Insane asylums Bombay 1873-77 - 1873-1877
Year: 1873
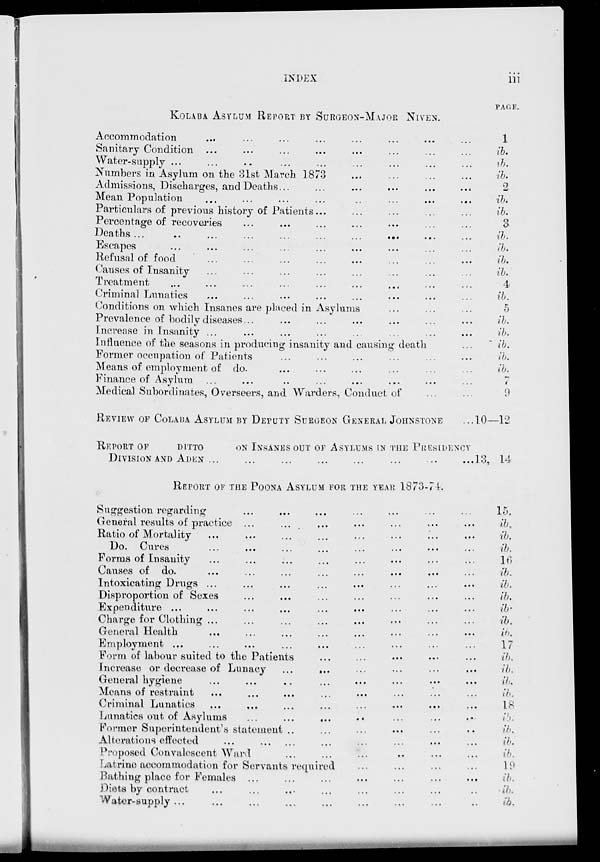
INDEX
iii
KOLABA ASYLUM REPORT BY SURGEON-MAJOR NIVEN.
Accommodation ... ... ... ... ... ... ...
Sanitary Condition ... ... ... ... ... ... ... ...
Water-supply ... ... ... ... ... ... ... ... ...
Numbers in Asylum on the 31st March 1873 ... ... ... ...
Admissions, Discharges, and Deaths ... ... ... ... ... ...
Mean Population ... ... ... ... ... ... ... ...
Particulars of previous history of Patients ... ... ... ... ...
Percentage of recoveries ... ... ... ... ... ... ...
Deaths ... ... ... ... ... ... ... ... ... ...
Escapes ... ... ... ... ... ... ... ... ...
Refusal of food ... ... ... ... ... ... ... ...
Causes of Insanity... ... ... ... ... ... ... ...
Treatment ... ... ... ... ... ... ... ... ...
Criminal Lunatics ... ... ... ... ... ... ... ...
Conditions on which Insanes are placed in Asylums ... ... ...
Prevalence of bodily diseases ... ... ... ... ... ... ...
Increase in Insanity ... ... ... ... ... ... ... ...
Influence of the seasons in producing insanity and causing death ...
Former occupation of Patients ... ... ... ... ... ...
Means of employment of do ... ... ... ... ... ... ...
Finance of Asylum ... ... ... ... ... ... ... ...
Medical Subordinates, Overseers, and Warders, Conduct of ... ...
PAGE
1
ib.
ib.
ib.
2
ib.
ib.
3
ib.
ib.
ib.
ib.
4
ib.
5
ib.
ib.
ib.
ib.
ib.
7
9
REVIEW OF COLABA ASYLUM BY DEPUTY SURGEON GENERAL JOHNSTONE ... 10—12
REPORT OF DITTO ON INSANES OUT OF ASYLUMS IN THE PRESIDENCY
DIVISION AND ADEN ... ... ... ... ... ... ... ... 13, 14
REPORT OF THE POONA ASYLUM FOR THE YEAR 1873-74.
Suggestion regarding
General results of practice ...
Ratio of Mortality
Do. Cures
Forms of Insanity
Causes of do.
Intoxicating Drugs ...
Disproportion of Sexes
Expenditure ...
Charge for Clothing ...
General Health
Employment ...
Form of labour suited to the Patients
Increase or decrease of Lunacy
...
...
General hygiene
Means of restraint
Criminal Lunatics
Lunatics out of Asylums
Former Superintendent's statement ..
Alterations effected
...
Proposed Convalescent Ward
Latrine accommodation for Servants required
Bathing place for Females ...
Diets by contract
Water-supply ...
15
ib.
ib.
ib.
16
ib.
ib.
ib.
ib.
ib.
ib.
17
ib.
ib.
ib.
ib.
18
ib.
ib.
ib.
ib.
19
ib.
ib.
ib.